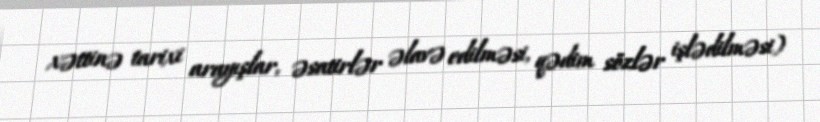
xəttinə tarixi arayışlar, əsatirlər əlavə edilməsi, qədim sözlər işlədilməsi)